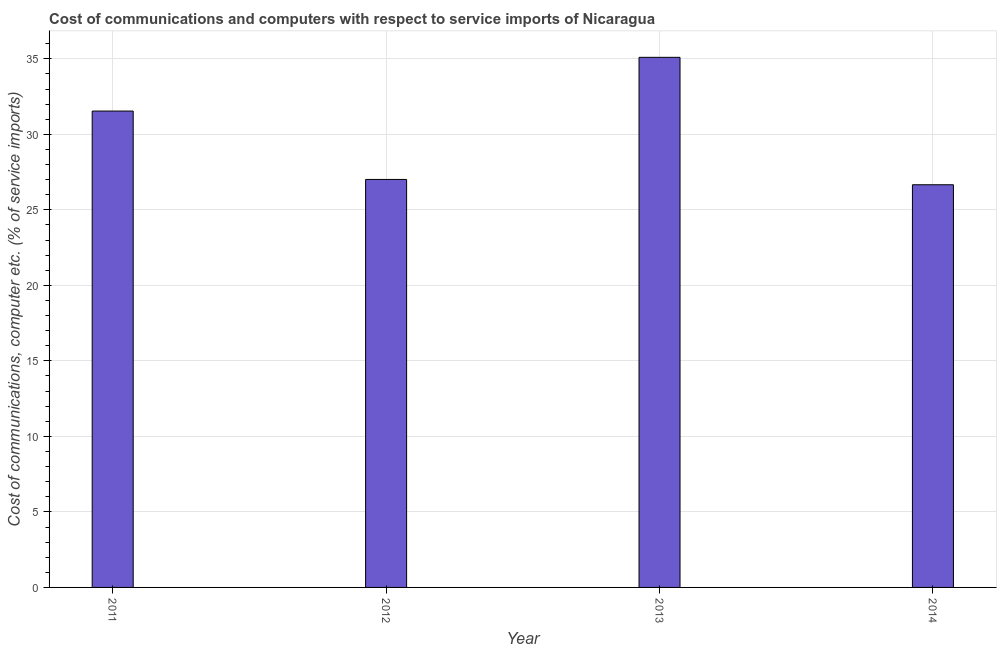
| Year | Communications |
 | --- | --- |
 | 2011 | 31.5 |
 | 2012 | 27 |
 | 2013 | 35.1 |
 | 2014 | 26.7 |